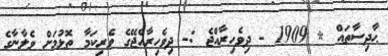
ޙާދިސާތައް * 1909 - ދިވެހިރާއްޖެ :- ދިވެހިރާއްޖޭގެ ވެރިކަމާ ތޮޅުމަށް ވެލާނާގެ